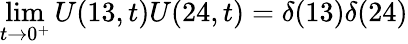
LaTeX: \operatorname*{lim}_{t\to 0^{+}}U(13,t)U(24,t)=\delta(13)\delta(24)